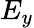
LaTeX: E_{y}